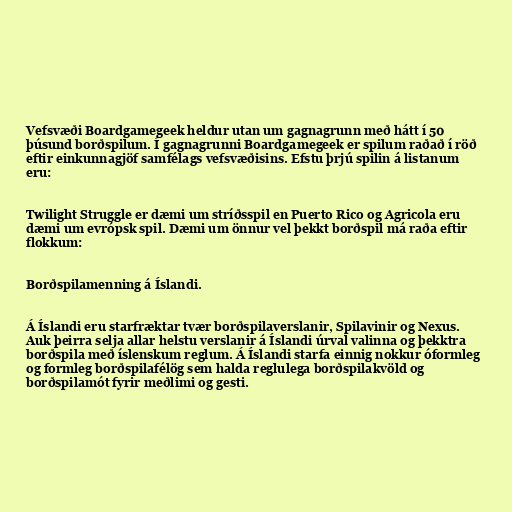
Vefsvæði Boardgamegeek heldur utan um gagnagrunn með hátt í 50
þúsund borðspilum. Í gagnagrunni Boardgamegeek er spilum raðað í röð
eftir einkunnagjöf samfélags vefsvæðisins. Efstu þrjú spilin á listanum
eru:

Twilight Struggle er dæmi um stríðsspil en Puerto Rico og Agricola eru
dæmi um evrópsk spil. Dæmi um önnur vel þekkt borðspil má raða eftir
flokkum:

Borðspilamenning á Íslandi.

Á Íslandi eru starfræktar tvær borðspilaverslanir, Spilavinir og Nexus.
Auk þeirra selja allar helstu verslanir á Íslandi úrval valinna og þekktra
borðspila með íslenskum reglum. Á Íslandi starfa einnig nokkur óformleg
og formleg borðspilafélög sem halda reglulega borðspilakvöld og
borðspilamót fyrir meðlimi og gesti.